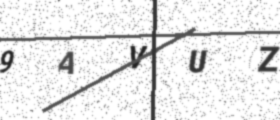
Text: 9AVUZ